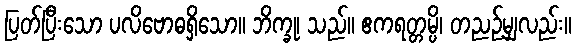
ပြတ်ပြီးသော ပလိဗောဓရှိသော။ ဘိက္ခု၊ သည်။ ဧကရတ္တမ္ပိ၊ တညဉ့်မျှလည်း။